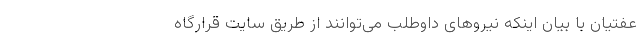
عفتیان با بیان اینکه نیروهای داوطلب می‌توانند از طریق سایت قرارگاه